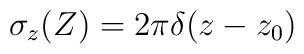
\sigma_z(Z)  = 2 \pi \delta(z-z_0)